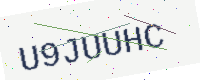
Text: U9JUUHC